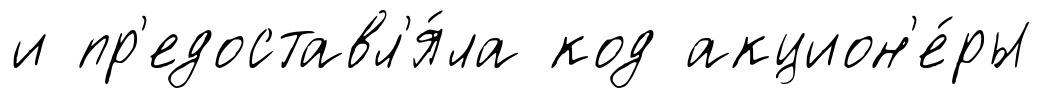
и пр'едоставл'я́ла код акцион'е́ры